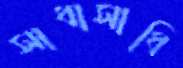
সাধাসাধি